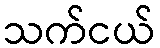
သက်ငယ်